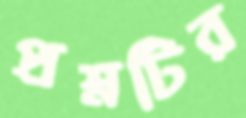
প্রশ্নটির